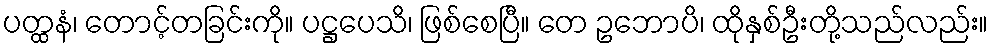
ပတ္ထနံ၊ တောင့်တခြင်းကို။ ပဋ္ဌပေသိ၊ ဖြစ်စေပြီ။ တေ ဥဘောပိ၊ ထိုနှစ်ဦးတို့သည်လည်း။